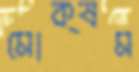
মোক্ষম